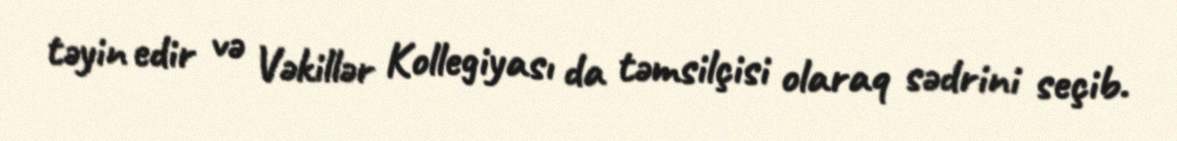
təyin edir və Vəkillər Kollegiyası da təmsilçisi olaraq sədrini seçib.